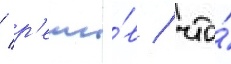
/ р'еши́в / что́